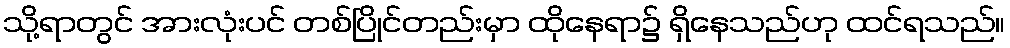
သို့ရာတွင် အားလုံးပင် တစ်ပြိုင်တည်းမှာ ထိုနေရာ၌ ရှိနေသည်ဟု ထင်ရသည်။